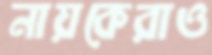
নায়কেরাও